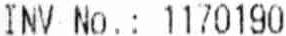
INV NO.: 1170190